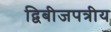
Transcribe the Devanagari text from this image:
द्विबीजपत्रीय